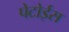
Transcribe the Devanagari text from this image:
पेटोईस